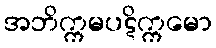
အဘိက္ကမပဋိက္ကမော